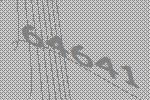
64641